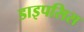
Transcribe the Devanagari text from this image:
डाइपसिस